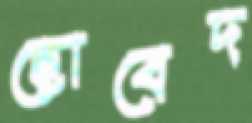
ছোবেদ